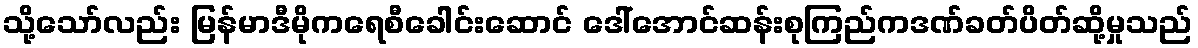
သို့သော်လည်း မြန်မာဒီမိုကရေစီခေါင်းဆောင် ဒေါ်အောင်ဆန်းစုကြည်ကဒဏ်ခတ်ပိတ်ဆို့မှုသည်